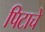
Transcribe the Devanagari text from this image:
पिटाचे